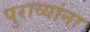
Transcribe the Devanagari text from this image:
पुराव्यांना